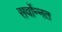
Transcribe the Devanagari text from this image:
सर्वोन्नत